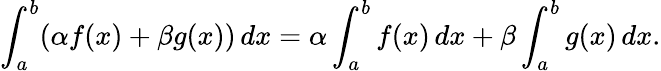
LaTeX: \int_{a}^{b}(\alpha f(x)+\beta g(x))\, dx=\alpha\int_{a}^{b}f(x)\, dx+\beta\int_{a}^{b}g(x)\, dx.